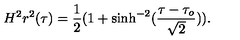
H ^ { 2 } r ^ { 2 } ( \tau ) = \frac { 1 } { 2 } ( 1 + \sinh ^ { - 2 } ( \frac { \tau - \tau _ { o } } { \sqrt { 2 } } ) ) .